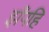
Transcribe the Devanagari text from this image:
झँपहि